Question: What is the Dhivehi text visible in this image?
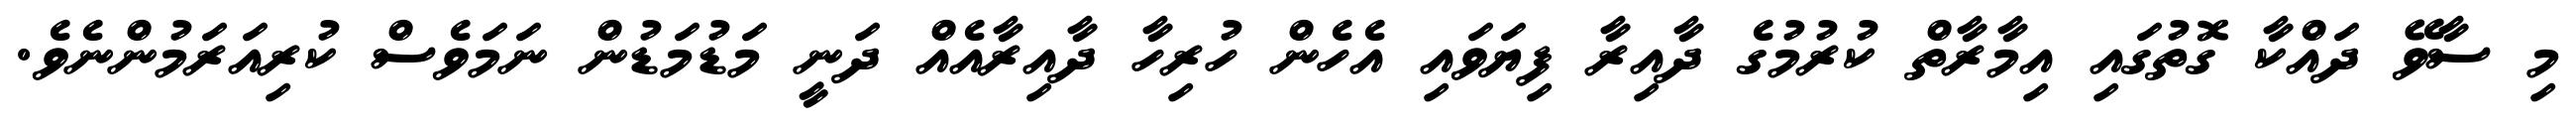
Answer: މި ސާވޭ ދައްކާ ގޮތުގައި އިމާރާތް ކުރުމުގެ ދާއިރާ ފިޔަވައި އެހެން ހުރިހާ ދާއިރާއެއް ދަނީ މަޑުމަޑުން ނަމަވެސް ކުރިއަރަމުންނެވެ.